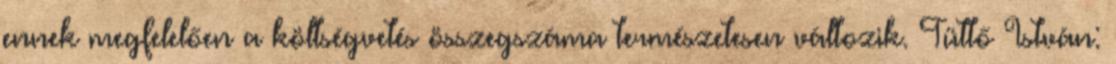
ennek megfelelően a költségvetés összegszáma természetesen változik. Tüttő István: